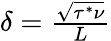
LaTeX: \begin{array}{r}{\delta=\frac{\sqrt{\tau^{*}\nu}}{L}}\end{array}